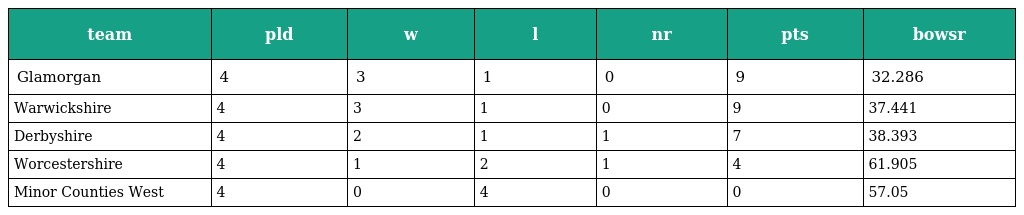
| team | pld | w | l | nr | pts | bowsr |
 | --- | --- | --- | --- | --- | --- | --- |
 | Glamorgan | 4 | 3 | 1 | 0 | 9 | 32.286 |
 | Warwickshire | 4 | 3 | 1 | 0 | 9 | 37.441 |
 | Derbyshire | 4 | 2 | 1 | 1 | 7 | 38.393 |
 | Worcestershire | 4 | 1 | 2 | 1 | 4 | 61.905 |
 | Minor Counties West | 4 | 0 | 4 | 0 | 0 | 57.05 |